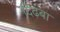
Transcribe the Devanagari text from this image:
दिढ़बा